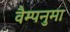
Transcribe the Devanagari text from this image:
वैम्पनुमा